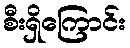
စီးရှိကြောင်း